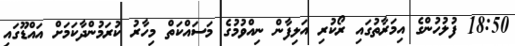
18:50 ފުލުހުންގެ އިމަރާތުގައި ރޯކުރި އަލިފާން ނިއްވުމުގެ މަސައްކަތް މިހާރު ކުރަމުންދާކަމަށް އައްޑޫގައި